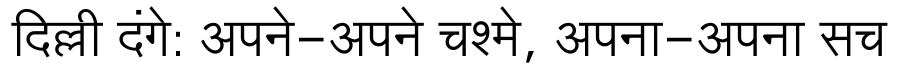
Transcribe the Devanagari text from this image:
दिल्ली दंगे: अपने-अपने चश्मे, अपना-अपना सच